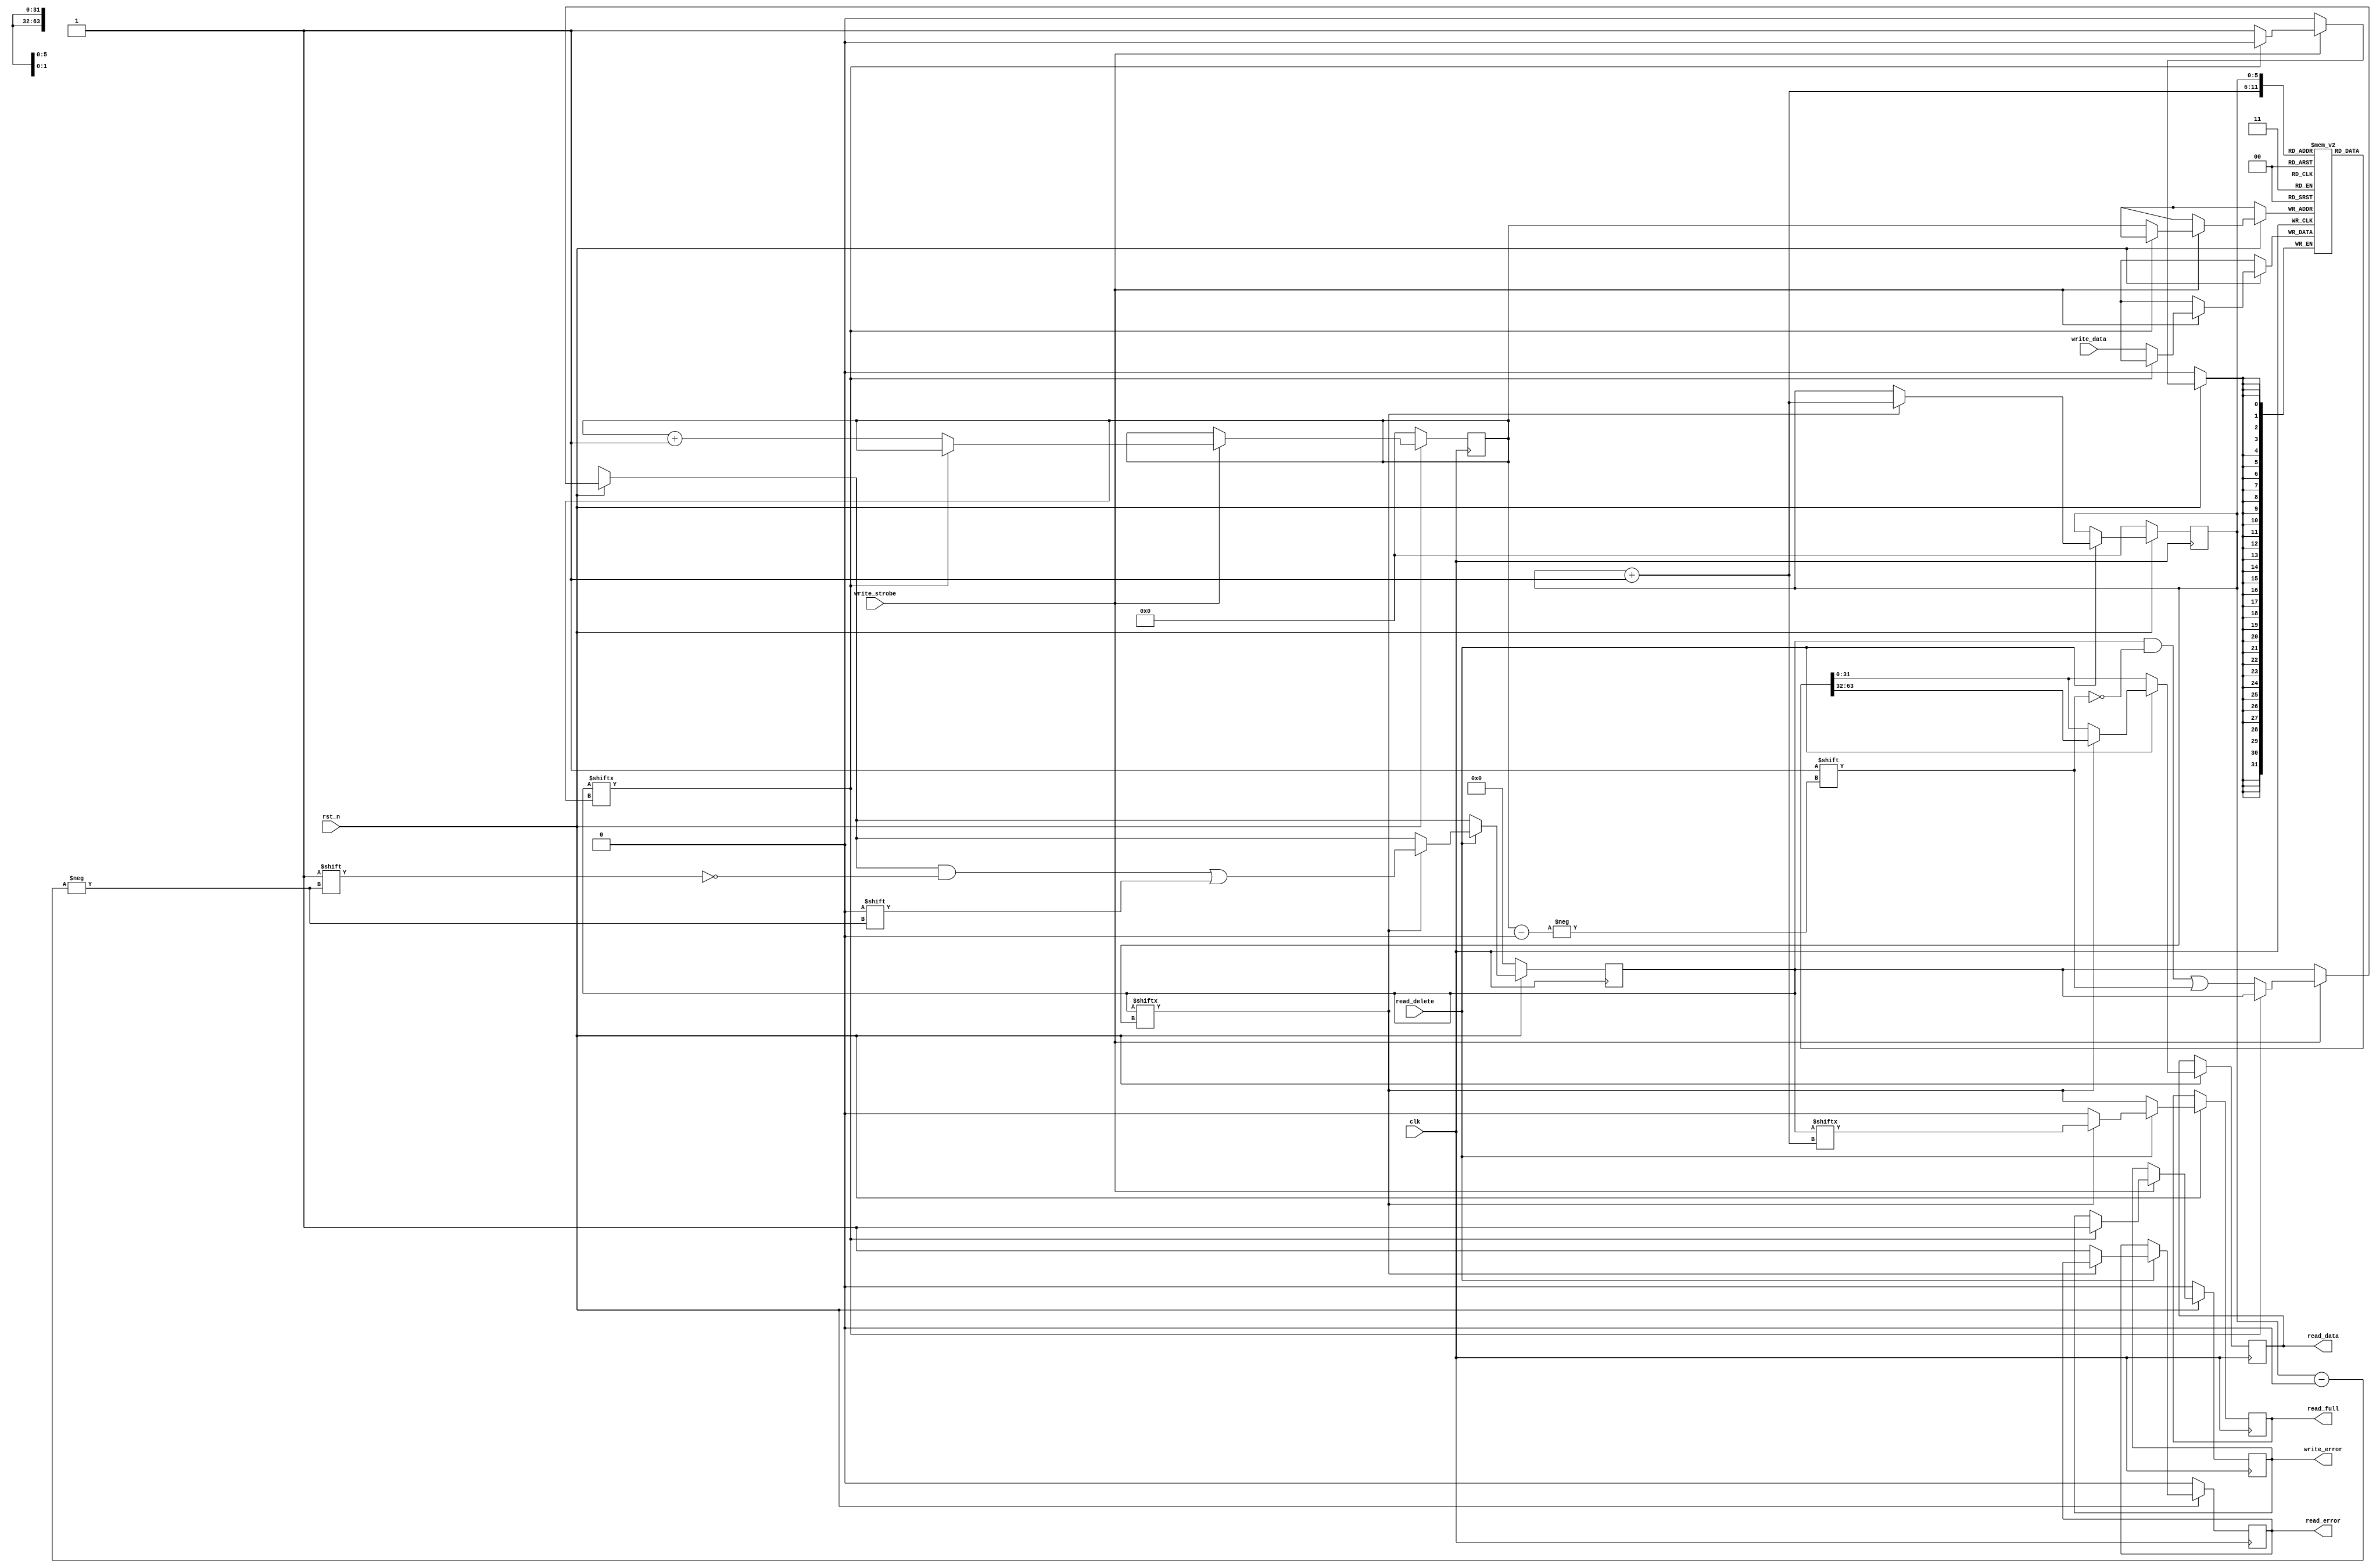
module buffer_AA
  #(
    parameter WIDTH = 32,
    parameter MEM_SIZE = 64,
    parameter LOG_MEM_SIZE = 6
    )
   (
    input wire                clk,
    input wire                rst_n,
    // Write new data.
    input wire                write_strobe,
    input wire [WIDTH-1: 0]   write_data,
    // Delete the current read data.
    input wire                read_delete,
    // The current read data.
    output reg                read_full,
    output reg [WIDTH-1: 0]   read_data,
    // Buffer overflow.
    output reg                write_error,
    output reg                read_error
    );

   reg [MEM_SIZE-1:0]         full;
   reg [WIDTH-1: 0]           RAM[MEM_SIZE-1:0];
   reg [LOG_MEM_SIZE-1: 0]    write_addr;
   reg [LOG_MEM_SIZE-1: 0]    read_addr;
   wire [LOG_MEM_SIZE-1: 0]   next_read_addr;

   assign next_read_addr = read_addr + 1;
   
   always @(posedge clk)
     if (!rst_n)
       begin
          write_error <= 1'b0;
          read_error <= 1'b0;
          full <= {MEM_SIZE{1'b0}};
          write_addr <= {LOG_MEM_SIZE{1'b0}};
          read_addr <= {LOG_MEM_SIZE{1'b0}};
       end
     else
       begin
          if (write_strobe)
            begin
               if (!full[write_addr])
                 begin
                    RAM[write_addr] <= write_data;
                    full[write_addr] <= 1'b1;
                    write_addr <= write_addr + 1;
                 end
               else
                 write_error <= 1'b1;
            end
          if (read_delete)
            begin
               if (full[read_addr])
                 begin
                    full[read_addr] <= 1'b0;
                    read_addr <= next_read_addr;
                    read_full <= full[next_read_addr];
                    read_data <= RAM[next_read_addr];
                 end
               else
                 begin
                    read_error <= 1'b1;
                    read_full <= full[read_addr];
                    read_data <= RAM[read_addr];
                 end
            end
          else
            begin
               read_full <= full[read_addr];
               read_data <= RAM[read_addr];
            end
       end
endmodule